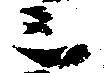
三